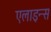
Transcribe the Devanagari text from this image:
एलाइन्स